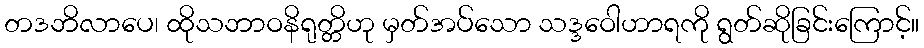
တဒဘိလာပေ၊ ထိုသဘာဝနိရုတ္တိဟု မှတ်အပ်သော သဒ္ဒဝေါဟာရကို ရွတ်ဆိုခြင်းကြောင့်။